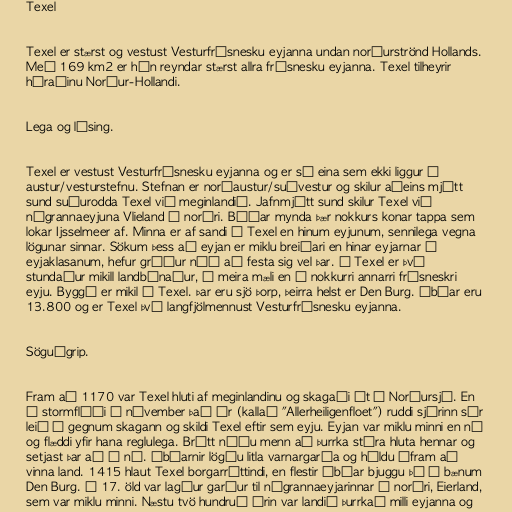
Texel

Texel er stærst og vestust Vesturfrísnesku eyjanna undan norðurströnd Hollands.
Með 169 km2 er hún reyndar stærst allra frísnesku eyjanna. Texel tilheyrir
héraðinu Norður-Hollandi.

Lega og lýsing.

Texel er vestust Vesturfrísnesku eyjanna og er sú eina sem ekki liggur í
austur/vesturstefnu. Stefnan er norðaustur/suðvestur og skilur aðeins mjótt
sund suðurodda Texel við meginlandið. Jafnmjótt sund skilur Texel við
nágrannaeyjuna Vlieland í norðri. Báðar mynda þær nokkurs konar tappa sem
lokar Ijsselmeer af. Minna er af sandi á Texel en hinum eyjunum, sennilega vegna
lögunar sinnar. Sökum þess að eyjan er miklu breiðari en hinar eyjarnar í
eyjaklasanum, hefur gróður náð að festa sig vel þar. Á Texel er því
stundaður mikill landbúnaður, í meira mæli en á nokkurri annarri frísneskri
eyju. Byggð er mikil á Texel. Þar eru sjö þorp, þeirra helst er Den Burg. Íbúar eru
13.800 og er Texel því langfjölmennust Vesturfrísnesku eyjanna.

Söguágrip.

Fram að 1170 var Texel hluti af meginlandinu og skagaði út í Norðursjó. En
í stormflóði í nóvember það ár (kallað "Allerheiligenfloet") ruddi sjórinn sér
leið í gegnum skagann og skildi Texel eftir sem eyju. Eyjan var miklu minni en nú
og flæddi yfir hana reglulega. Brátt náðu menn að þurrka stóra hluta hennar og
setjast þar að á ný. Íbúarnir lögðu litla varnargarða og héldu áfram að
vinna land. 1415 hlaut Texel borgarréttindi, en flestir íbúar bjuggu þá í bænum
Den Burg. Á 17. öld var lagður garður til nágrannaeyjarinnar í norðri, Eierland,
sem var miklu minni. Næstu tvö hundruð árin var landið þurrkað milli eyjanna og